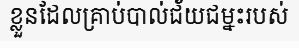
ខ្លួនដែលគ្រាប់បាល់ជ័យជម្នះរបស់